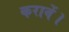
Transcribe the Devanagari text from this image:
करावें।